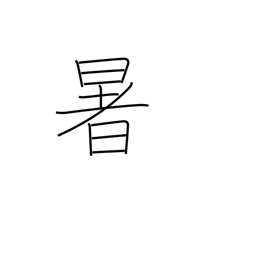
Meaning: sultry